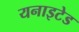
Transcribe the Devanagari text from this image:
यनाइटेड